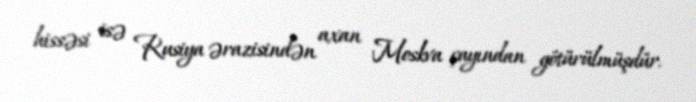
hissəsi isə Rusiya ərazisindən axan Moskva çayından götürülmüşdür.